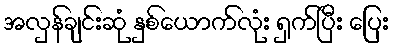
အလှန်ချင်းဆုံ နှစ်ယောက်လုံး ရှက်ပြီး ပြေး